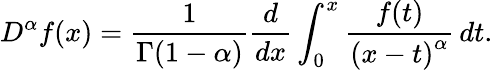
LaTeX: D^{\alpha}f(x)={\frac{1}{\Gamma(1-\alpha)}}{\frac{d}{dx}}\int_{0}^{x}{\frac{f(t)}{\left(x-t\right)^{\alpha}}}\, dt.